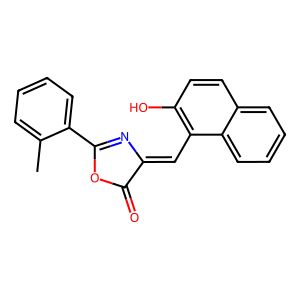
SMILES: Cc1ccccc1C1=NC(=Cc2c(O)ccc3ccccc23)C(=O)O1
Inhibits HIV replication: No